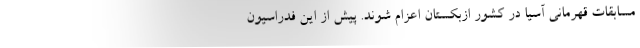
مسابقات قهرمانی آسیا در کشور ازبکستان اعزام شوند. پیش از این فدراسیون